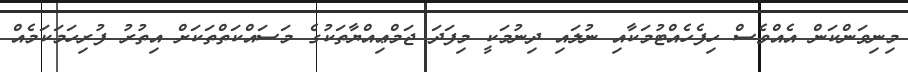
މިނިވަންކަން އެއްވެސް ހިފެހެއްޓުމަކާއި ނުލައި ދިނުމަކީ މިފަދަ ޖަމްޢިއްޔާތަކުގެ މަސައްކަތްތަކަށް އިތުރު ފުރިހަމަކަމެއް